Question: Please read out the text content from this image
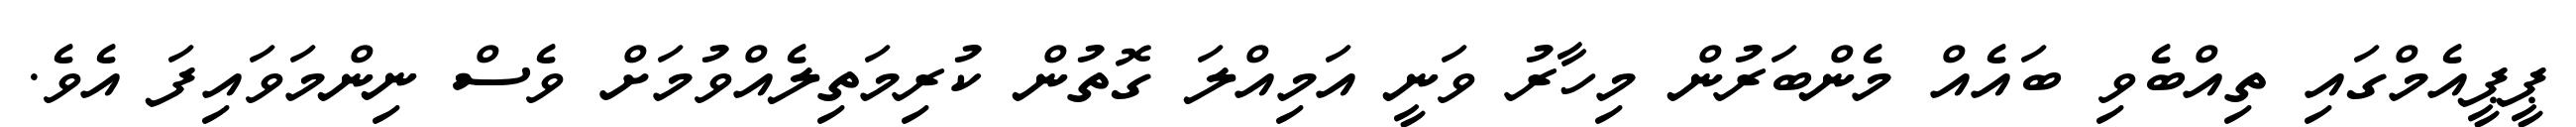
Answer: ޕީޕީއެމްގައި ތިއްބެވި ބައެއް މެންބަރުން މިހާރު ވަނީ އަމިއްލަ ގޮތުން ކުރިމަތިލެއްވުމަށް ވެސް ނިންމަވައިފަ އެވެ.